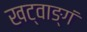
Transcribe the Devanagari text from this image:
खट्वाङ्गं